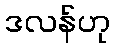
ဒလန်ဟု